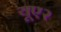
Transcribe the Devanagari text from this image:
यूए२